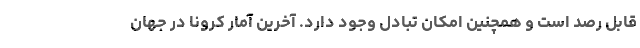
قابل رصد است و همچنین امکان تبادل وجود دارد. آخرین آمار کرونا در جهان